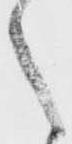
之